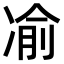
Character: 𫥓